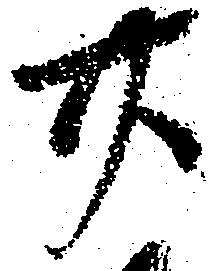
廿